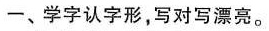
一、学字认字形，写对写漂亮。